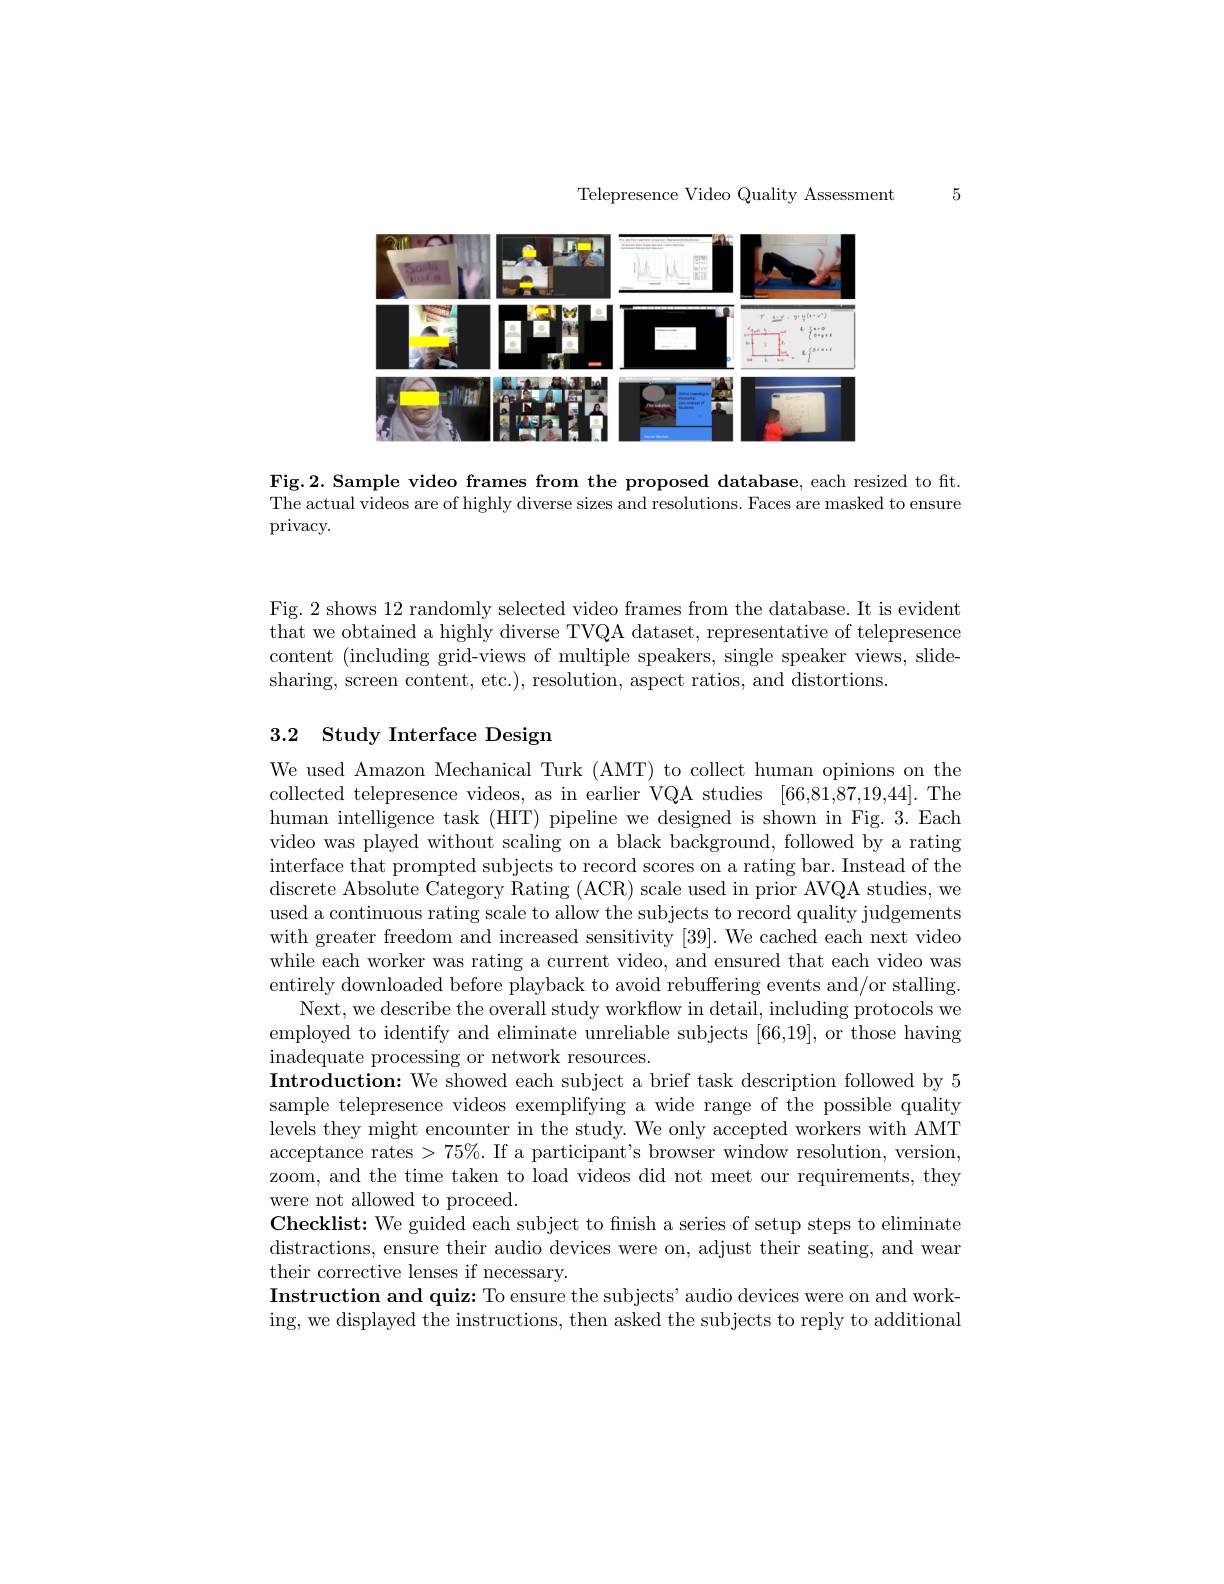
Telepresence Video Quality Assessment

5

<FigureHere>

Fig.2. Sample video frames from the proposed database, each resized to fit. The actual videos are of highly diverse sizes and resolutions. Faces are masked to ensure privacy.

Fig. 2 shows 12 randomly selected video frames from the database. It is evident that we obtained a highly diverse TVQA dataset, representative of telepresence content (including grid-views of multiple speakers, single speaker views, slidesharing, screen content, etc.), resolution, aspect ratios, and distortions.

## 3.2 Study Interface Design

We used Amazon Mechanical Turk (AMT) to collect human opinions on the collected telepresence videos, as in earlier VQA studies [66,81,87,19,44]. The human intelligence task (HIT) pipeline we designed is shown in Fig. 3.Each video was played without scaling on a black background, followed by a rating interface that prompted subjects to record scores on a rating bar. Instead of the discrete Absolute Category Rating (ACR) scale used in prior AVQA studies, we used a continuous rating scale to allow the subjects to record quality judgements with greater freedom and increased sensitivity [39]. We cached each next video while each worker was rating a current video, and ensured that each video was entirely downloaded before playback to avoid rebuffering events and/or stalling.
Next, we describe the overall study workflow in detail, including protocols we employed to identify and eliminate unreliable subjects [66,19], or those having inadequate processing or network resources.
Introduction: We showed each subject a brief task description followed by 5 sample telepresence videos exemplifying a wide range of the possible quality levels they might encounter in the study. We only accepted workers with AMT acceptance rates > 75%. If a participant's browser window resolution, version, zoom, and the time taken to load videos did not meet our requirements, they were not allowed to proceed.
Checklist: We guided each subject to finish a series of setup steps to eliminate distractions, ensure their audio devices were on, adjust their seating, and wear their corrective lenses if necessary.
Instruction and quiz: To ensure the subjects' audio devices were on and working, we displayed the instructions, then asked the subjects to reply to additional